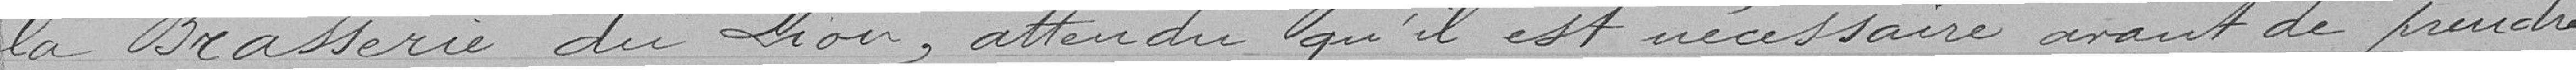
la Brasserie du Lion, attendu qu'il est nécessaire avant de prendre